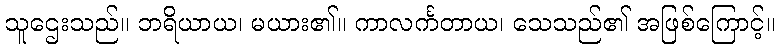
သူဌေးသည်။ ဘရိယာယ၊ မယား၏။ ကာလင်္ကတာယ၊ သေသည်၏ အဖြစ်ကြောင့်။